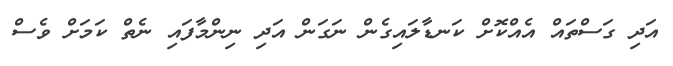
އަދި ގަސްތައް އެއްކޮށް ކަނޑާލައިގެން ނަގަން އަދި ނިންމާފައި ނެތް ކަމަށް ވެސް